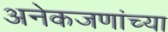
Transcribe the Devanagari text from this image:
अनेकजणांच्या